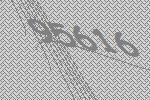
95616